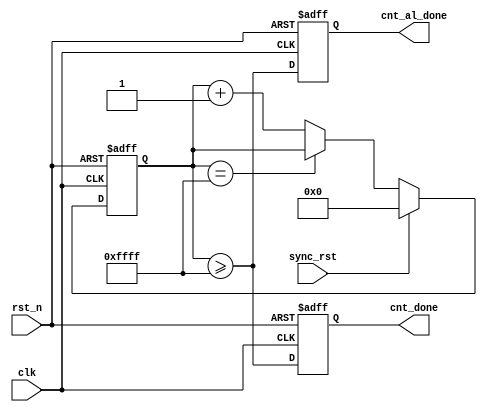
// +FHDR----------------------------------------------------------------------------
// Copyright (c) 2023 Cygnusemi.
// ALL RIGHTS RESERVED Worldwide
//         
// Description   :
//         
// 
// ---------------------------------------------------------------------------------
// Modification History:
// Date         By              Version                 Change Description
// ---------------------------------------------------------------------------------
// 2023/08/15   ninghechuan     1.0                     Original
// -FHDR----------------------------------------------------------------------------
module rst_cnt #(
	parameter CNT_WIDTH=16,
	parameter CNT_THRESH=16'hFFFF,
	parameter CNT_AL_THRESH=CNT_THRESH
	) (
	input clk,
	input rst_n,
	input sync_rst,
	output reg cnt_al_done,
	output reg cnt_done
	);

reg [(CNT_WIDTH-1):0] rst_counter;
always @ (posedge clk or negedge rst_n)
begin
	if (~rst_n)
		rst_counter<={CNT_WIDTH{1'b0}};
	else if (sync_rst)
		rst_counter<={CNT_WIDTH{1'b0}};
	else
		rst_counter<=(rst_counter==CNT_THRESH)?rst_counter:(rst_counter+1'b1);
end

always @ (posedge clk or negedge rst_n)
begin
	if (~rst_n)
	begin
		cnt_done   <=1'b0;
		cnt_al_done<=1'b0;
	end
	else
	begin
		cnt_done   <=(rst_counter>=CNT_THRESH);
		cnt_al_done<=(rst_counter>=CNT_AL_THRESH);
	end
end
endmodule